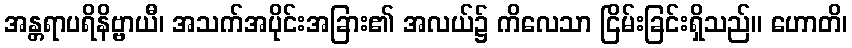
အန္တရာပရိနိဗ္ဗာယီ၊ အသက်အပိုင်းအခြား၏ အလယ်၌ ကိလေသာ ငြိမ်းခြင်းရှိသည်။ ဟောတိ၊